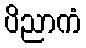
ပိညာကံ